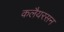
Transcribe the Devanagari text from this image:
कलैयरसन